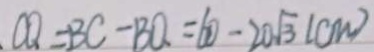
C Q = B C - B O = 6 0 - 2 0 \sqrt { 3 } ( c m )